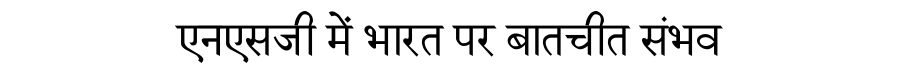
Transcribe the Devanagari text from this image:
एनएसजी में भारत पर बातचीत संभव